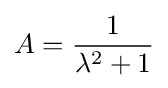
A={\frac {1}{\lambda ^{2}+1}}